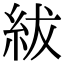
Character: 紱